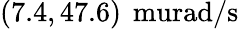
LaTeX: (7.4,47.6)\, \mathrm{\ murad/s}